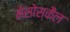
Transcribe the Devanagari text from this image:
मेसोस्कैल